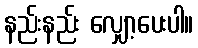
နည်းနည်း လျှော့ပေးပါ။